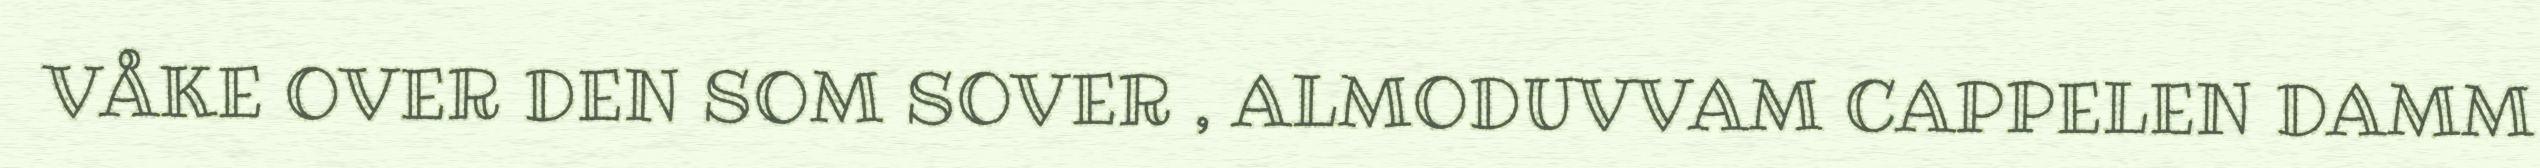
VÅKE OVER DEN SOM SOVER , ALMODUVVAM CAPPELEN DAMM